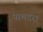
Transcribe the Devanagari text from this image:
परमदरा